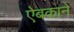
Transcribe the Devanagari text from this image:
ऐबकाने